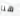
هنا